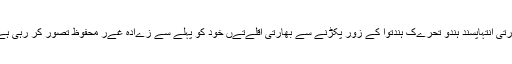
بھارتی انتہاپسند ہندو تحرےک ہندتوا کے زور پکڑنے سے بھارتی اقلےتےں خود کو پہلے سے زےادہ غےر محفوظ تصور کر رہی ہےں۔